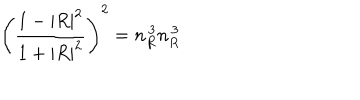
\left( \frac { 1 - | R | ^ { 2 } } { 1 + | R | ^ { 2 } } \right) ^ { 2 } = n _ { R } ^ { \, 3 } n _ { R } ^ { \, 3 }